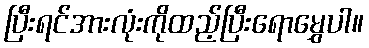
ပြီးရင်အားလုံးကိုထည့်ပြီးရောမွှေပါ။